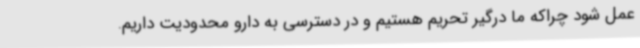
عمل شود چراکه ما درگیر تحریم هستیم و در دسترسی به دارو محدودیت داریم.